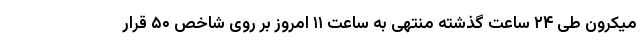
میکرون طی ۲۴ ساعت گذشته منتهی به ساعت ۱۱ امروز بر روی شاخص ۵۰ قرار